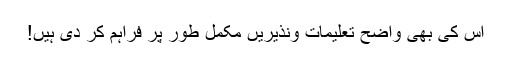
اس کی بھی واضح تعلیمات ونذیریں مکمل طور پر فراہم کر دی ہیں!